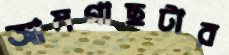
আমগাছটার